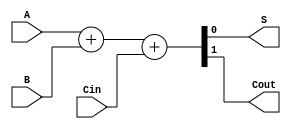
module full_adder(
    input A,
    input B,
    input Cin,
    output S,
    output Cout
);

// Behavior modeling
assign {Cout, S} = A + B + Cin;

endmodule